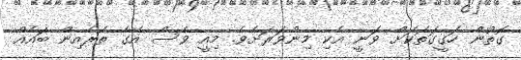
ގޮތުން ހަގީގަތަކަށް ވަނީ އެކި މިންވަރަށެވެ. މިއީ ވެސް އޭގެ ތެރެއިން ބައެއް